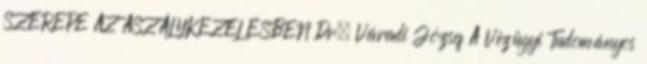
SZEREPE AZ ASZÁLYKEZELÉSBEN Dr. Váradi József A Vízügyi Tudományos